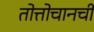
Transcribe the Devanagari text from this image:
तोत्तोचानची